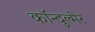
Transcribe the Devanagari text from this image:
कॉन्दुल्मेर